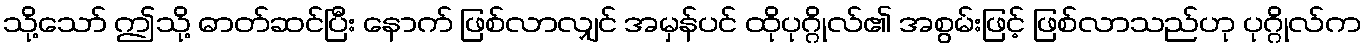
သို့သော် ဤသို့ ဓာတ်ဆင်ပြီး နောက် ဖြစ်လာလျှင် အမှန်ပင် ထိုပုဂ္ဂိုလ်၏ အစွမ်းဖြင့် ဖြစ်လာသည်ဟု ပုဂ္ဂိုလ်က